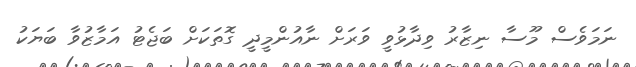
ނަމަވެސް މޫސާ ނިޒާރު ވިދާޅުވީ ވަރަށް ނާއުންމީދީ ގޮތަކަށް ބަޖެޓު އަމާޒުވާ ބަޔަކު